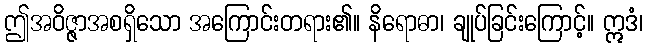
ဤအဝိဇ္ဇာအစရှိသော အကြောင်းတရား၏။ နိရောဓာ၊ ချုပ်ခြင်းကြောင့်။ ဣဒံ၊